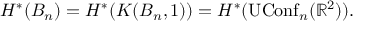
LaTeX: H ^ { * } ( B _ { n } ) = H ^ { * } ( K ( B _ { n } , 1 ) ) = H ^ { * } ( \operatorname { U C o n f } _ { n } ( \mathbb { R } ^ { 2 } ) ) .